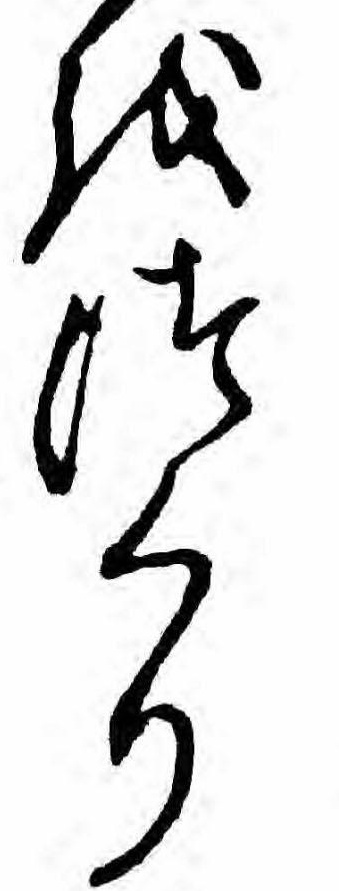
をつくり